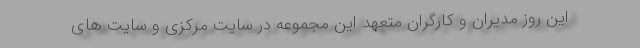
این روز مدیران و کارگران متعهد این مجموعه در سایت مرکزی و سایت های